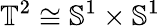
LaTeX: {\mathbb T}^{2}\cong{\mathbb S}^{1}\times{\mathbb S}^{1}